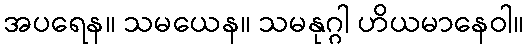
အပရေန။ သမယေန။ သမနုဂ္ဂါ ဟိယမာနေဝါ။